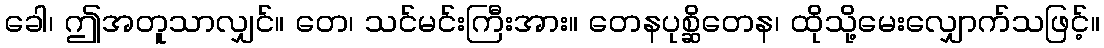
ခေါ၊ ဤအတူသာလျှင်။ တေ၊ သင်မင်းကြီးအား။ တေနပုစ္ဆိတေန၊ ထိုသို့မေးလျှောက်သဖြင့်။